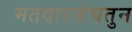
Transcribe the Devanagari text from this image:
मतदारसंघतुन